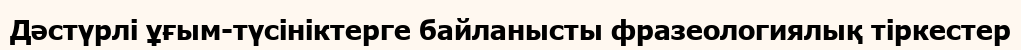
Дәстүрлі ұғым-түсініктерге байланысты фразеологиялық тіркестер